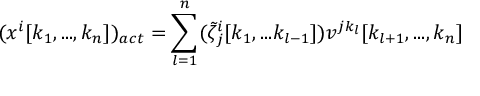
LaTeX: ( x ^ { i } [ k _ { 1 } , . . . , k _ { n } ] ) _ { a c t } = \sum _ { l = 1 } ^ { n } ( \tilde { \zeta } _ { j } ^ { i } [ k _ { 1 } , . . . k _ { l - 1 } ] ) v ^ { j k _ { l } } [ k _ { l + 1 } , . . . , k _ { n } ]